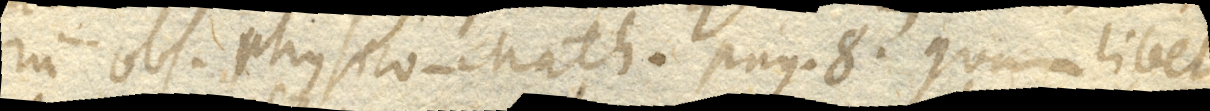
rum obs. physico-math. pag. 8. quamlibet